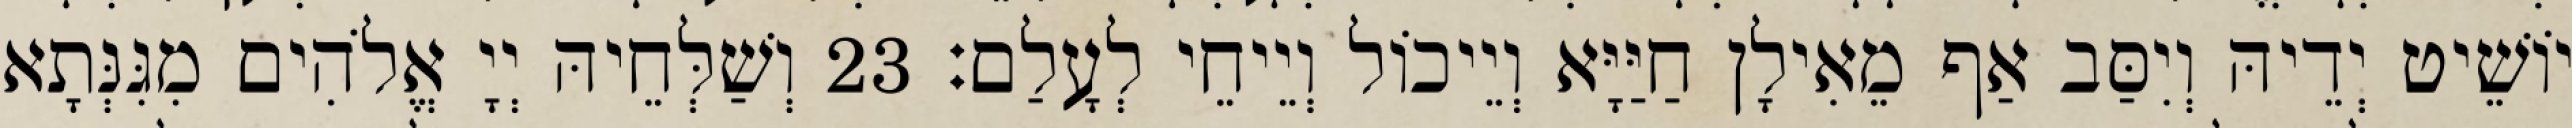
יוֹשֵׁיט יְדֵיהּ וְיִסַּב אַף מֵאִילָן חַיַּיָּא וְיֵיכוֹל וְיֵיחֵי לְעָלַם׃ 23 וְשַׁלְּחֵיהּ יְיָ אֱלֹהִים מִגִּנְּתָא